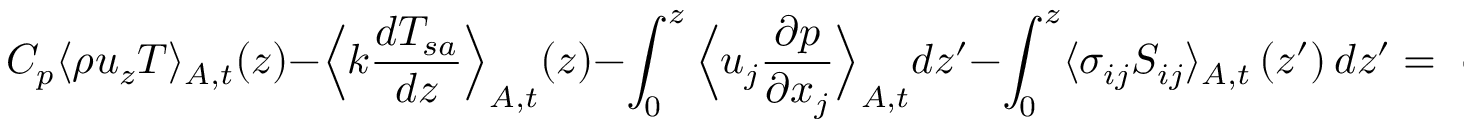
C _ { p } \langle \rho u _ { z } T \rangle _ { A , t } ( z ) - \Big \langle k \frac { d T _ { s a } } { d z } \Big \rangle _ { A , t } ( z ) - \int _ { 0 } ^ { z } \Big \langle u _ { j } \frac { \partial p } { \partial x _ { j } } \Big \rangle _ { A , t } d z ^ { \prime } - \int _ { 0 } ^ { z } \langle \sigma _ { i j } S _ { i j } \rangle _ { A , t } \left( z ^ { \prime } \right) d z ^ { \prime } = \mathrm { ~ c ~ o ~ n ~ s ~ t ~ . ~ }